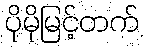
ပိုမိုမြင့်တက်